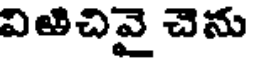
విఱిచివై చెను